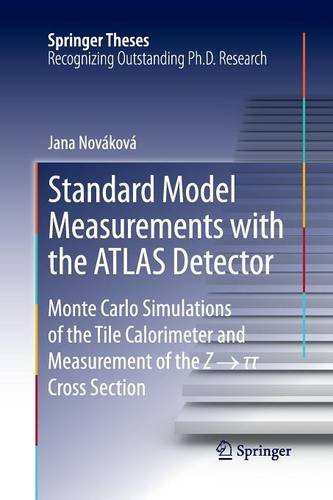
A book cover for Standard Model Measurements with the ATLAS Detector: Monte Carlo Simulations of the Tile Calorimeter and Measurement of the Z    Cross Section (Springer Theses); Jana NovÃ¡kovÃ¡; Travel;